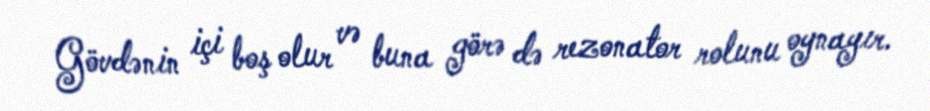
Gövdənin içi boş olur və buna görə də rezonator rolunu oynayır.